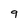
Character: 9